Indian journal of veterinary science and animal husbandry - Volumes 18-21, 1948-1951
Year: 1948
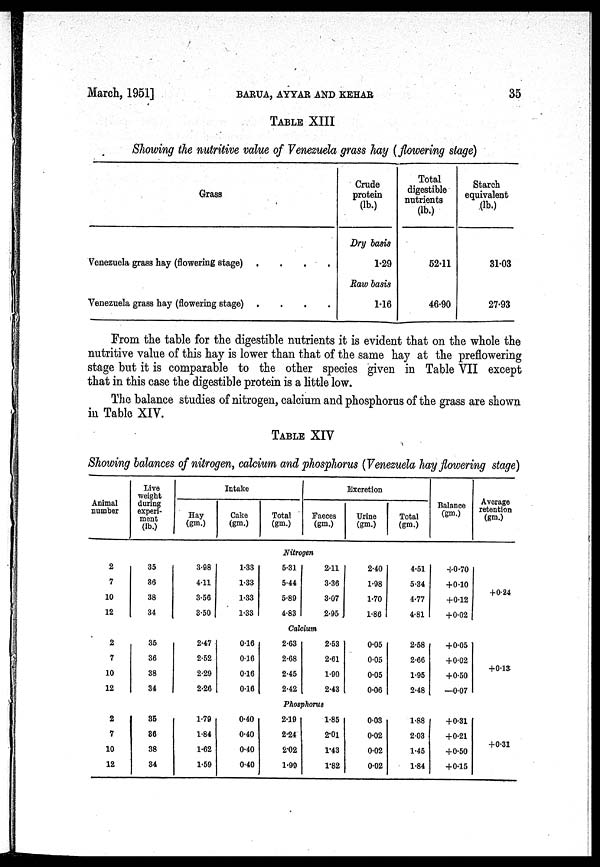
March, 1951]
BARUA,
AYYAR
AND
KEHAR
35
TABLE XIII
Showing the nutritive value of Venezuela grass hay (flowering stage)
Grass
Venezuela grass hay (flowering stage)
.
.
.
.
Venezuela grass hay (flowering stage)
.
.
.
.
Crude
protein
(lb.)
Dry basis
1.29
Raw basis
1.16
Total
digestible
nutrients
(lb.)
52.11
46.90
Starch
equivalent
(lb.)
31.03
27.93
From the table for the digestible nutrients it is evident that on the whole the
nutritive value of this hay is lower than that of the same hay at the preflowering
stage but it is comparable to the other species given in Table VII except
that in this case the digestible protein is a little low.
The balance studies of nitrogen, calcium and phosphorus of the grass are shown
in Table XIV.
TABLE XIV
Showing balances of nitrogen, calcium and phosphorus (Venezuela hay flowering stage)
Animal
number
Live
weight
during
experi-
ment
(lb.)
Intake
Hay
(gm.)
Cake
(gm.)
Total
(gm.)
Excretion
Faeces
(gm.)
Urine
(gm.)
Total
(gm.)
Balance
(gm.)
Average
retention
(gm.)
Nitrogen
2
7
10
12
35
36
38
34
3.98
4.11
3.56
3.50
1.33
1.33
1.33
1.33
5.31
5.44
5.89
4.83
2.11
3.36
3.07
2.95
2.40
1.98
1.70
1.86
4.51
5.34
4.77
4.81
+0.70
+0.10
+0.12
+0.02
+0.24
Calcium
2
7
10
12
35
36
38
34
2.47
2.52
2.29
2.26
0.16
0.16
0.16
0.16
2.63
2.68
2.45
2.42
2.53
2.61
1.90
2.43
0.05
0.05
0.05
0.06
2.58
2.66
1.95
2.48
+0.05
+0.02
+0.50
—0.07
+0.13
Phosphorus
2
7
10
12
35
86
38
34
1.79
1.84
1.62
1.59
0.40
0.40
0.40
0.40
2.19
2.24
2.02
1.99
1.85
2.01
1.43
1.82
0.03
0.02
0.02
0.02
1.88
2.03
1.45
1.84
+0.31
+0.21
+0.50
+0.15
+0.31